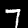
Digit: 7